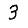
Digit: 3